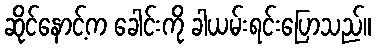
ဆိုင်နောင့်က ခေါင်းကို ခါယမ်းရင်းပြောသည်။